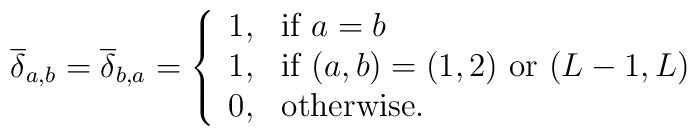
\overline{\delta}_{a,b} =\overline{\delta}_{b,a}=\left\{ \begin{array}{ll}                 1 , &\mbox{if $a=b$} \\                 1 , &\mbox{if $(a,b)=(1,2)$ or $(L-1,L)$} \\                 0 ,           &\mbox{otherwise.}                        \end{array}   \right.